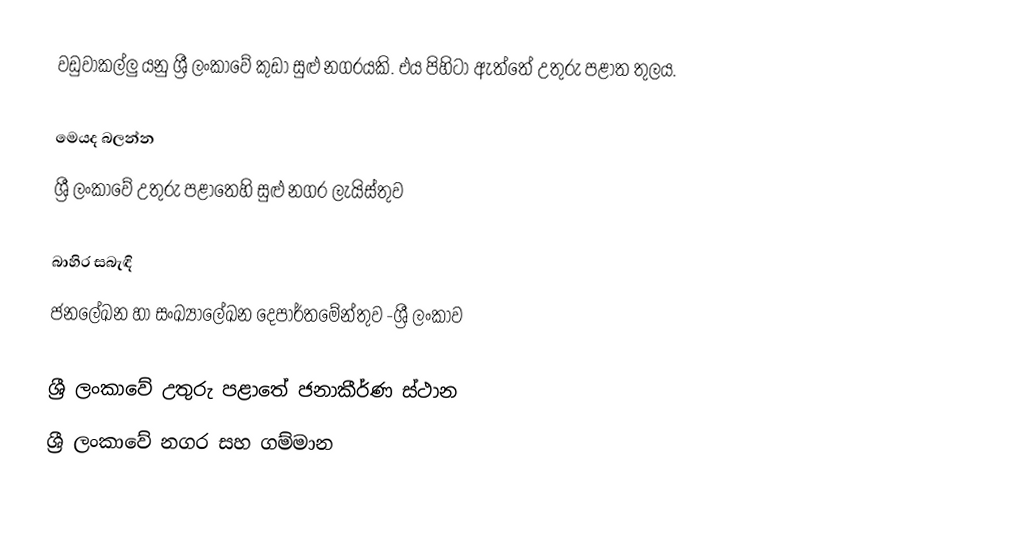
වඩුවාකල්ලු යනු ශ්‍රී ලංකාවේ කුඩා සුළු නගරයකි. එය පිහිටා ඇත්තේ උතුරු පළාත තුලය.

මෙයද බලන්න
ශ්‍රී ලංකාවේ උතුරු පළාතෙහි සුළු නගර ලැයිස්තුව

බාහිර සබැඳි
ජනලේඛන හා සංඛ්‍යාලේඛන දෙපාර්තමේන්තුව -ශ්‍රී ලංකාව

ශ්‍රී ලංකාවේ උතුරු පළාතේ ජනාකීර්ණ ස්ථාන
ශ්‍රී ලංකාවේ නගර සහ ගම්මාන